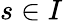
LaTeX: s\in I